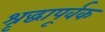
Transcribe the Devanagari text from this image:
श्रृद्धापूर्वक